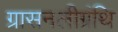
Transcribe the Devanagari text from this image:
ग्रासनलीग्रंथि